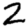
Digit: 2